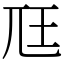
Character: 尫